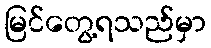
မြင်တွေ့ရသည်မှာ